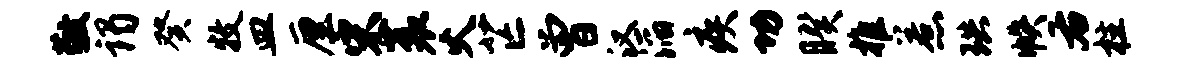
敬谒癸牧皿厘宋蓑火芒曾汉滔疾功睽推惹珙帙右柱